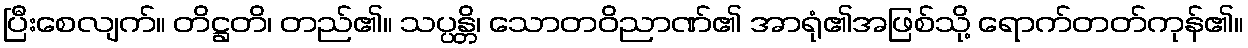
ပြီးစေလျက်။ တိဋ္ဌတိ၊ တည်၏။ သပ္ပန္တိ၊ သောတဝိညာဏ်၏ အာရုံ၏အဖြစ်သို့ ရောက်တတ်ကုန်၏။